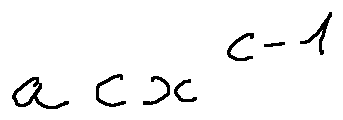
a c x ^ { c - 1 }